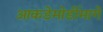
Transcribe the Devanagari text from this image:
आकडेमोडींमागे